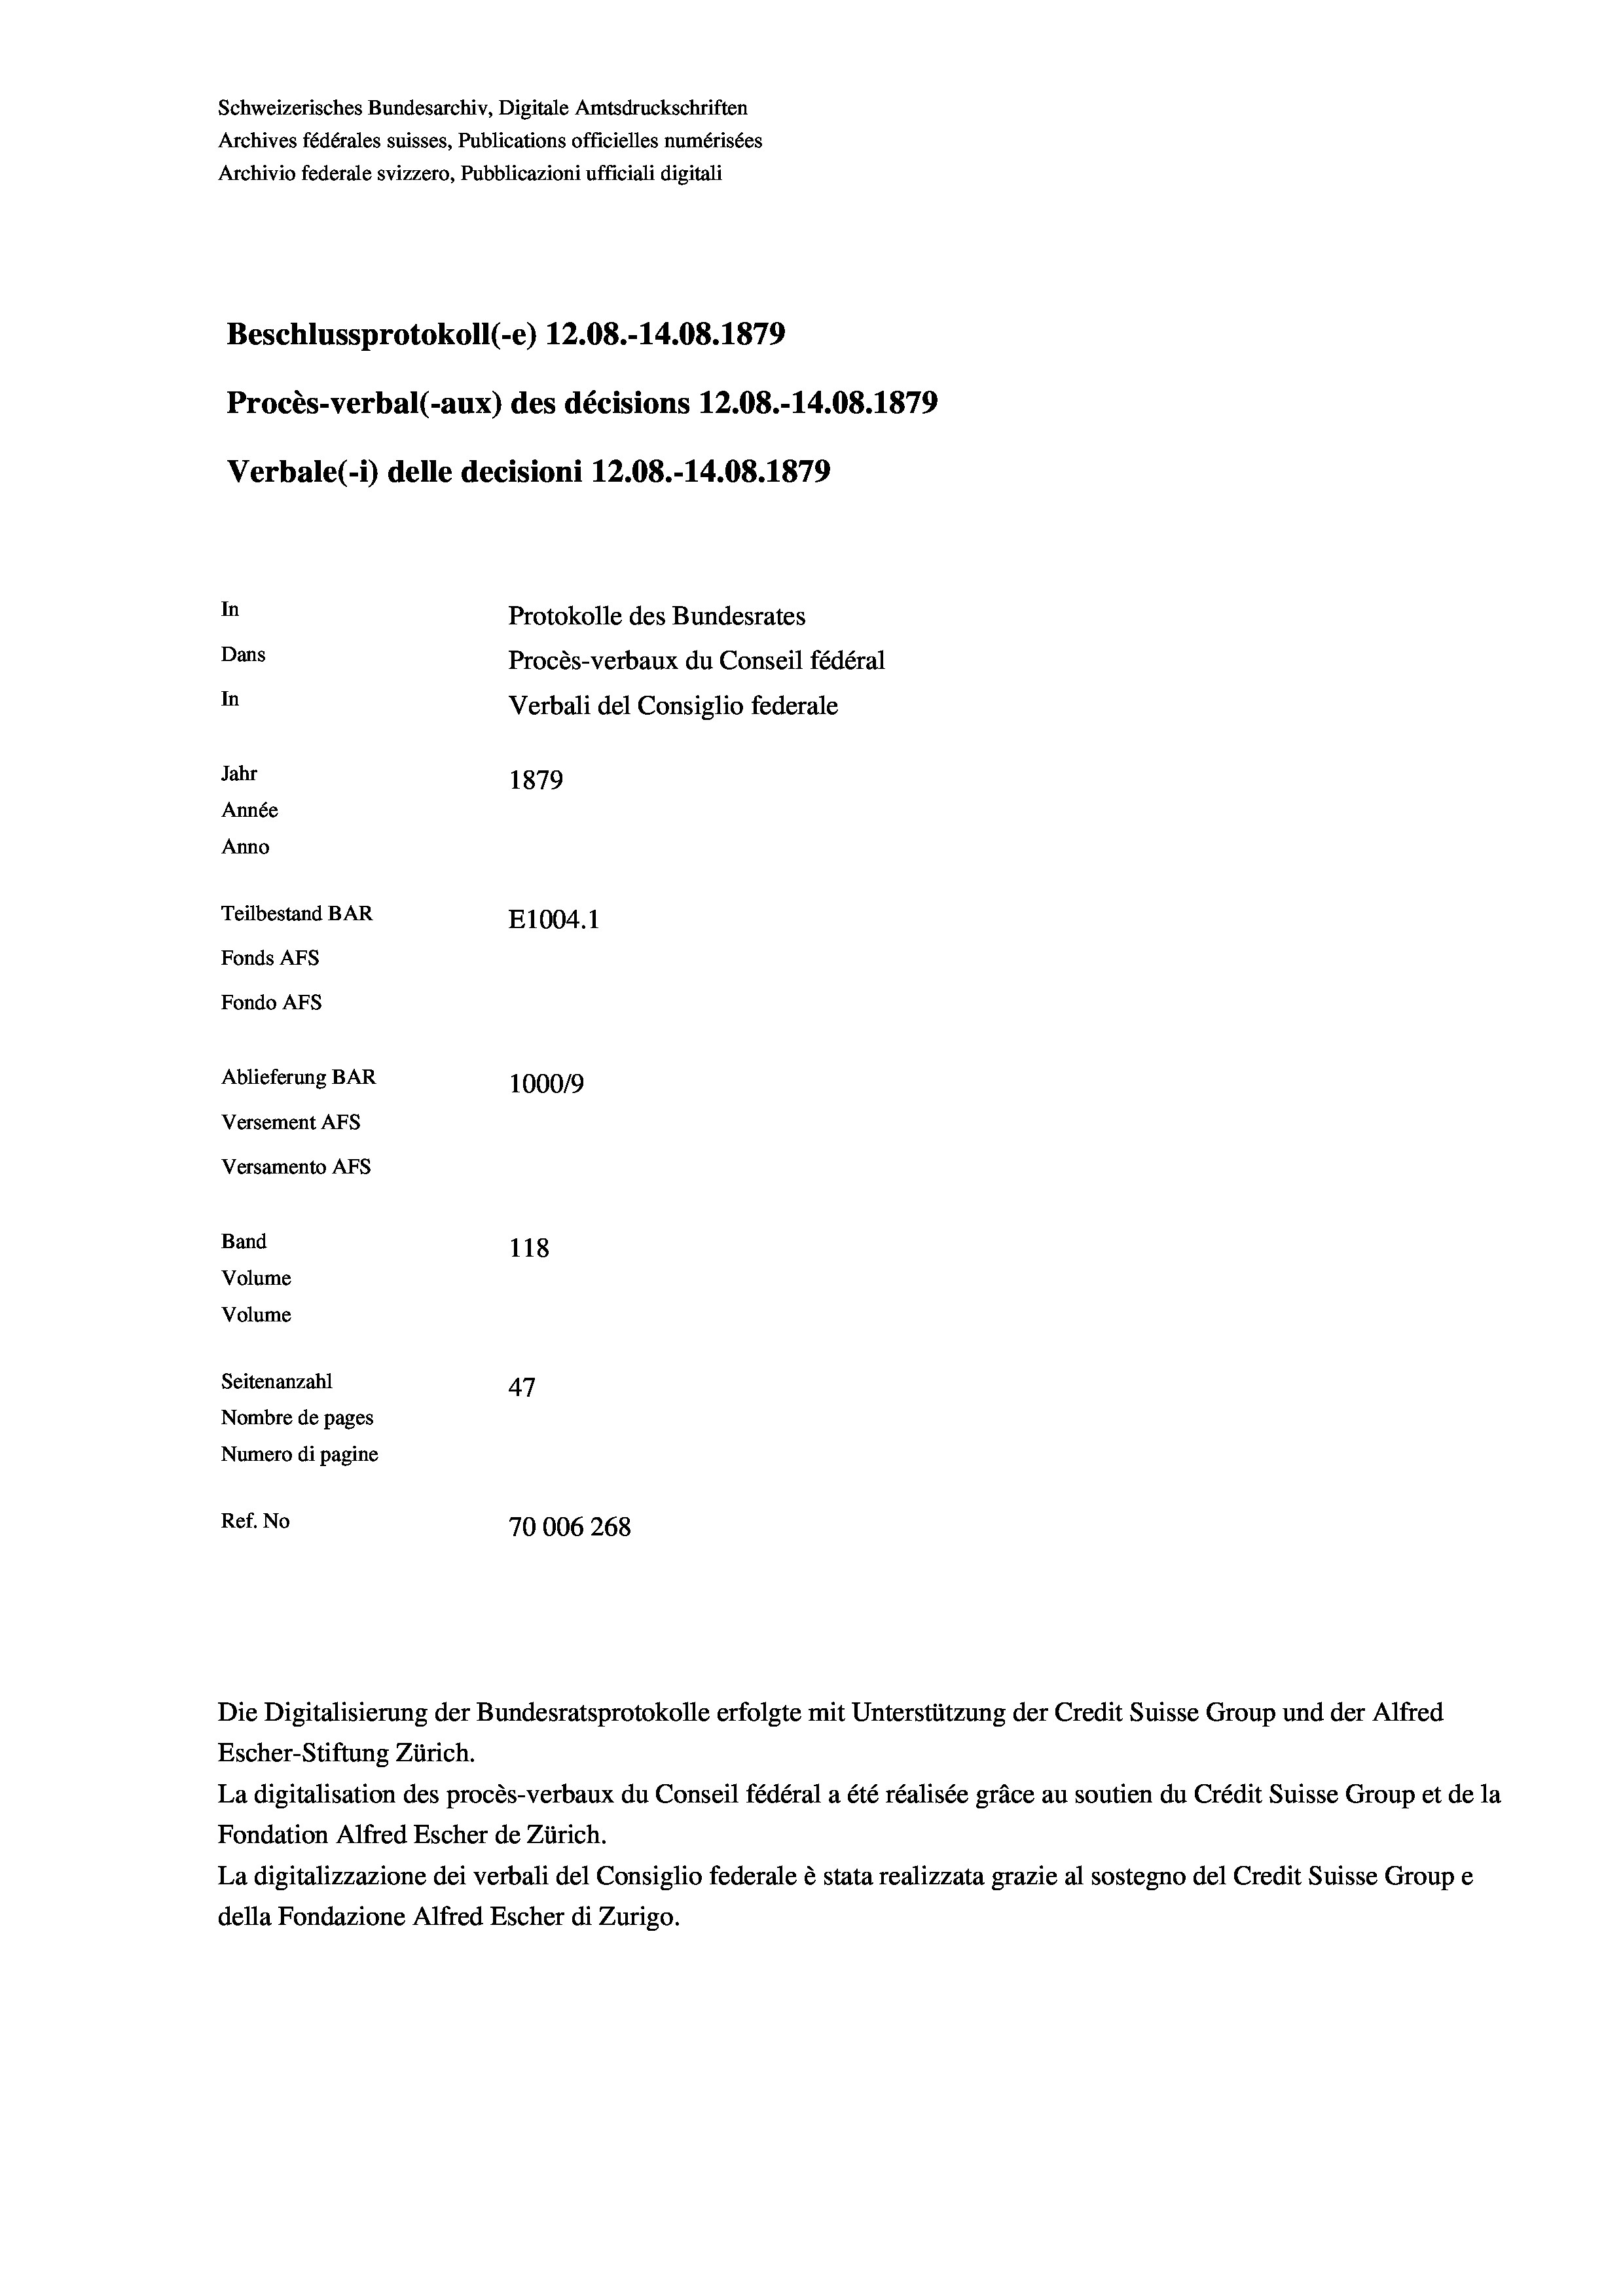
Schweizerisches Bundesarchiv, Digitale Amtsdruckschriften
Archives fédérales suisses, Publications officielles numérisées
Archivio federale svizzero, Pubblicazioni ufficiali digitali
Beschlussprotokoll (-e) 12.08.-14.08. 1879
Procès-verbal (-aux) des décisions 12.08.-14.08. 1879
Verbale (- 1) delle decisioni 12.08.-14.08. 1879
In
Protokolle des Bundesrates
Dans
Procès-verbaux du Conseil fédéral
In
Verbali del Consiglio federale
Jahr
1879
Année
Anno
Teilbestand BAR
E1004. 1
Fonds AFs
Fondo AFs
Ablieferung BAR
100019
Versement AFs
Versamento Afs
Band
118
Volume
Volume
Seitenanzahl
47
Nombre de pages
Numero di pagine
Ref. No
70006 268

Die Digitalisierung der Bundesratsprotokolle erfolgte mit Unterstützung der Credit Suisse Group und der Alfred

Escher-Stiftung Zürich.
La digitalisation des procès-verbaux du Conseil fédéral a été réalisée gräce au soutien du Crédit Suisse Group et de la
Fondation Alfred Escher de Zürich.
La digitalizzazione dei verbali del Consiglio federale è stata realizzata grazie al sostegno del Credit Suisse Groupe
della Fondazione Alfred Escher di Zurigo.